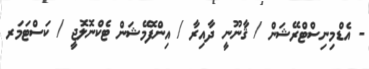
- އެޑްމިނިސްޓްރޭޝަން / ޤާނޫނީ ދާއިރާ / އިންފޮމޭޝަން ޓެކްނޮލޮޖީ / ކަސްޓަމަރ